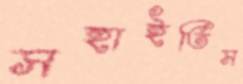
সহাইতিস